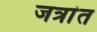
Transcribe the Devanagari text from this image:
जत्रांत